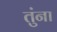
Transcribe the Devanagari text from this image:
तुंना